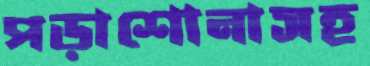
পড়াশোনাসহ